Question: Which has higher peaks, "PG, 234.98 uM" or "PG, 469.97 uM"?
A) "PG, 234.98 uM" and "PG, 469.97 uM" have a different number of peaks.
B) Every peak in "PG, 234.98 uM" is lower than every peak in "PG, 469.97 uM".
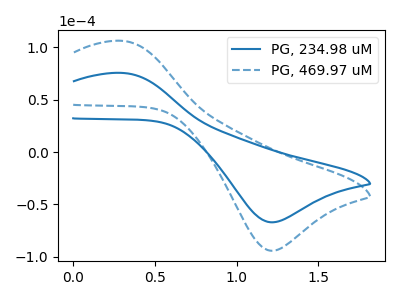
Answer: <think>The blue curve "PG, 234.98 uM" has an anodic peak at (0.30V, 75.50uA) and a cathodic peak at (1.20V, -67.00uA). The blue dashed curve "PG, 469.97 uM" has an anodic peak at (0.30V, 106.05uA) and a cathodic peak at (1.20V, -94.10uA).</think>
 <answer>B) Every peak in "PG, 234.98 uM" is lower than every peak in "PG, 469.97 uM".</answer>
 <eval>B</eval>